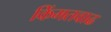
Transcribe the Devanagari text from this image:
किंमतवाढ